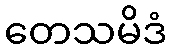
တေသမိဒံ